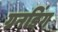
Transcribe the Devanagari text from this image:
ग्रनडिंग